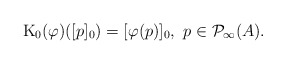
\begin{align*} \mathrm{K}_{0}(\varphi)([p]_{0}) = [\varphi(p)]_{0}, \ p \in \mathcal{P}_{\infty}(A). \end{align*}